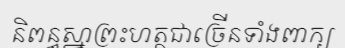
និពន្ធស្នាព្រះហត្ថជាច្រើនទាំងពាក្យ